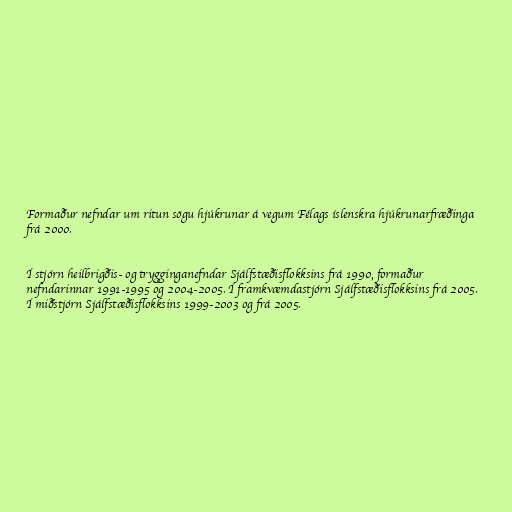
Formaður nefndar um ritun sögu hjúkrunar á vegum Félags íslenskra hjúkrunarfræðinga
frá 2000.

Í stjórn heilbrigðis- og trygginganefndar Sjálfstæðisflokksins frá 1990, formaður
nefndarinnar 1991-1995 og 2004-2005. Í framkvæmdastjórn Sjálfstæðisflokksins frá 2005.
Í miðstjórn Sjálfstæðisflokksins 1999-2003 og frá 2005.